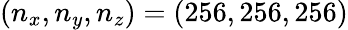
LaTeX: (n_{x},n_{y},n_{z})=(256,256,256)